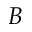
B